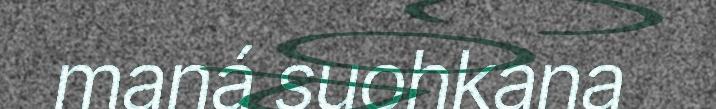
maná suohkana